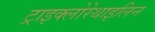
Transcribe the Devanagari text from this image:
ट्राइक्लोरेथाइलिन